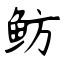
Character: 鲂